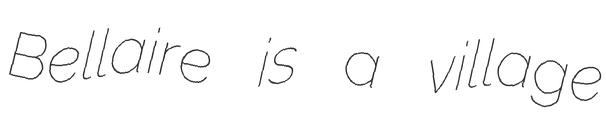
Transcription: Bellaire is a village